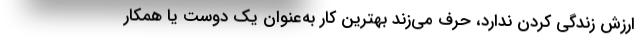
ارزش زندگی کردن ندارد، حرف می‌زند بهترین کار به‌عنوان یک دوست یا همکار